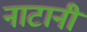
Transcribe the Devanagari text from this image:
नाटानी